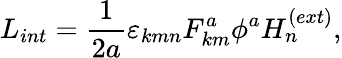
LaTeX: L_{int}=\frac{1}{2a}\varepsilon_{kmn}F_{km}^{a}\phi^{a}H_{n}^{(ext)},